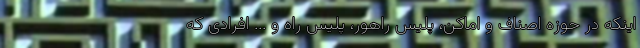
اینکه در حوزه اصناف و اماکن، پلیس راهور، پلیس راه و ... افرادی که